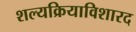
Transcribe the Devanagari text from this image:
शल्यक्रियाविशारद